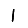
Digit: 1